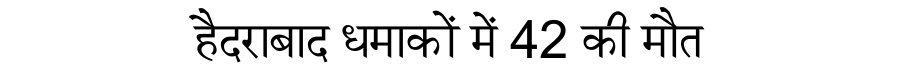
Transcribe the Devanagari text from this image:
हैदराबाद धमाकों में 42 की मौत